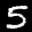
Label: 5